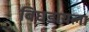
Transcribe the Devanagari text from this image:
बिघडायला